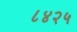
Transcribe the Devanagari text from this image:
८४२५